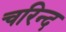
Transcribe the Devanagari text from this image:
चरिन्द